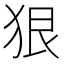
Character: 狠